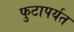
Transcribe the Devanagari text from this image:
फुटापर्यत